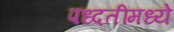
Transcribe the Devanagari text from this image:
पध्दतींमध्ये